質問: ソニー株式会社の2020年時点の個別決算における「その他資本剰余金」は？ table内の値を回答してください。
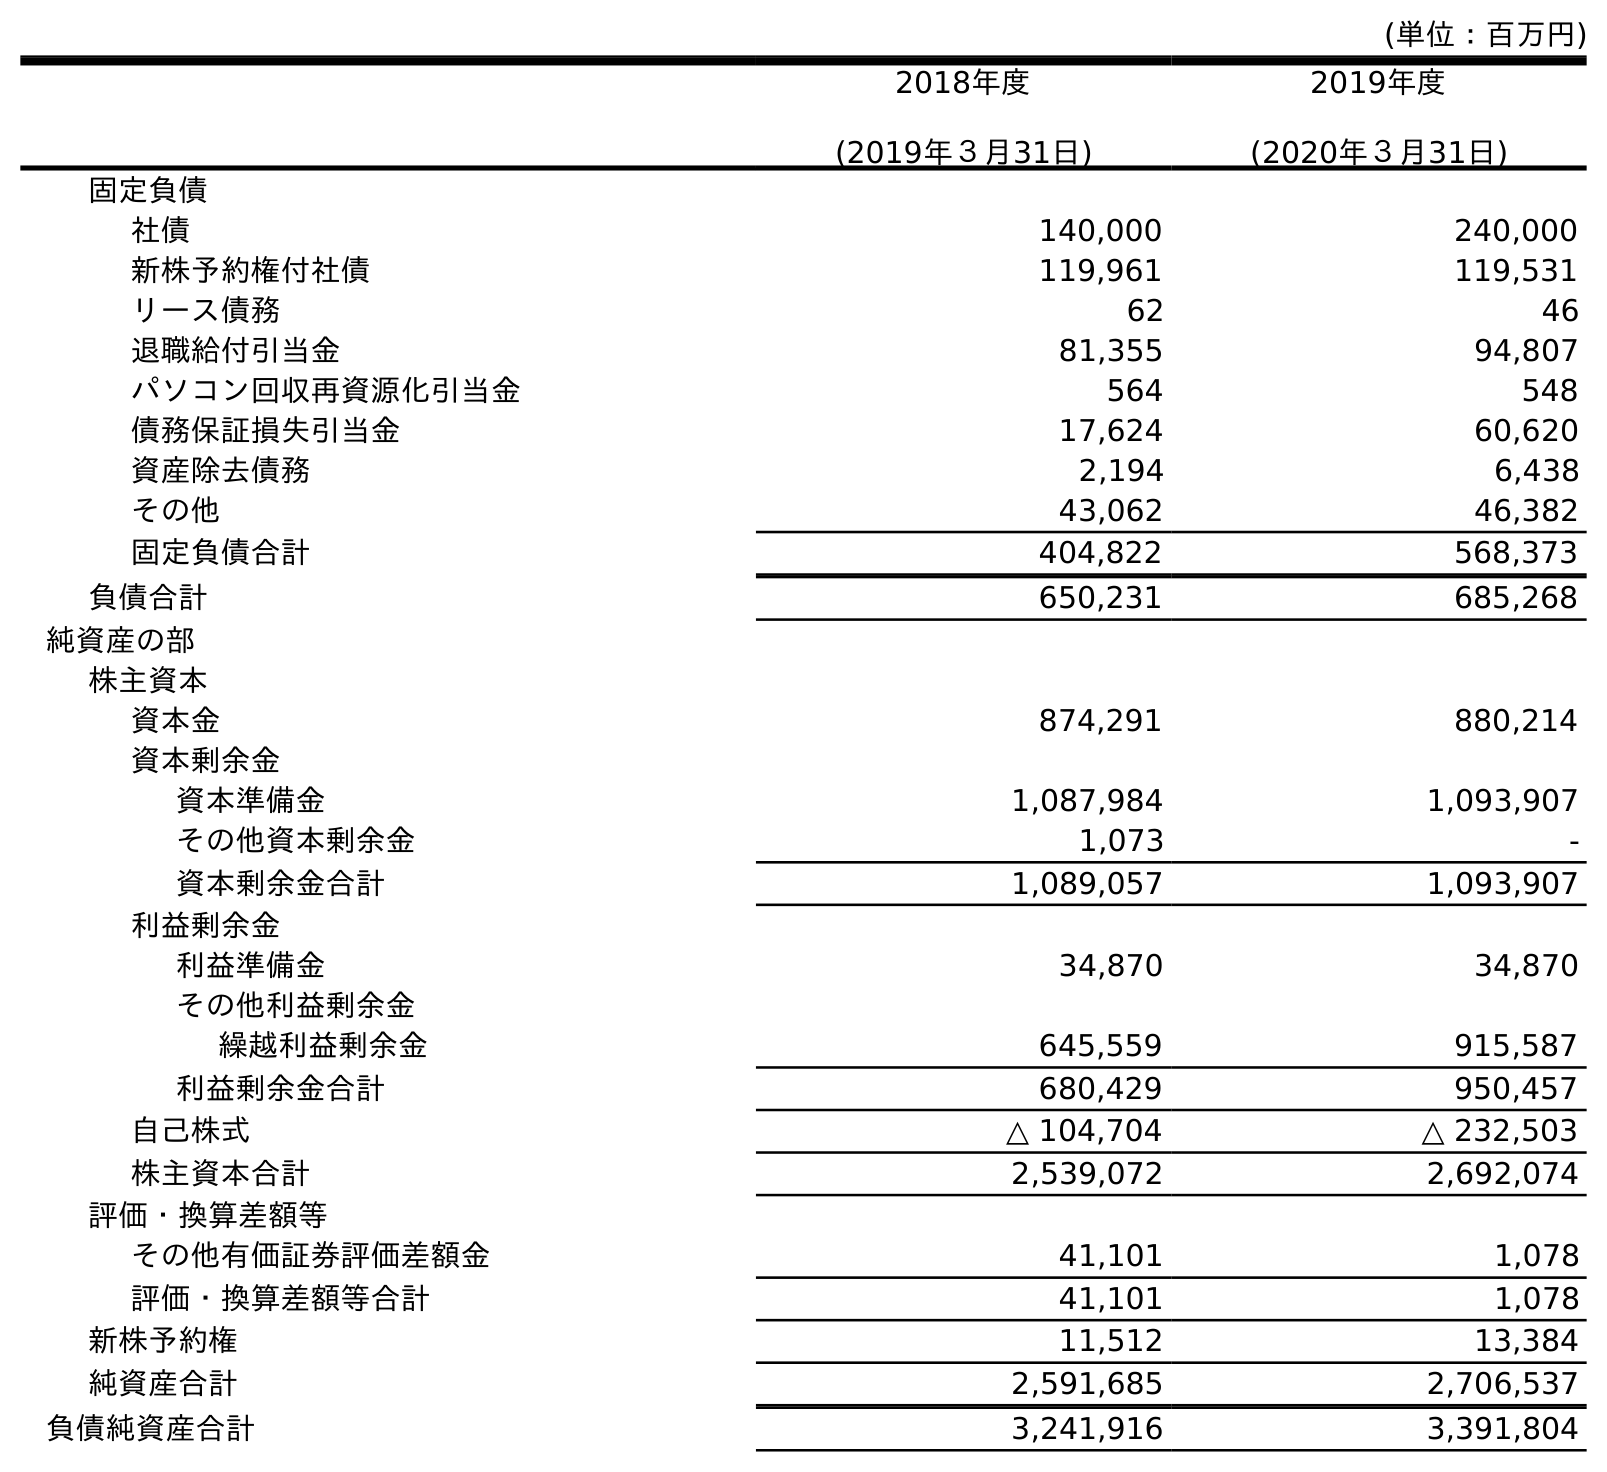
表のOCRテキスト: (単位：百万円) 2018年度 (2019年３月31日) 2019年度 (2020年３月31日) 固定負債 社債 140,000 240,000 新株予約権付社債 119,961 119,531 リース債務 62 46 退職給付引当金 81,355 94,807 パソコン回収再資源化引当金 564 548 債務保証損失引当金 17,624 60,620 資産除去債務 2,194 6,438 その他 43,062 46,382 固定負債合計 404,822 568,373 負債合計 650,231 685,268 純資産の部 株主資本 資本金 874,291 880,214 資本剰余金 資本準備金 1,087,984 1,093,907 その他資本剰余金 1,073 - 資本剰余金合計 1,089,057 1,093,907 利益剰余金 利益準備金 34,870 34,870 その他利益剰余金 繰越利益剰余金 645,559 915,587 利益剰余金合計 680,429 950,457 自己株式 △ 104,704 △ 232,503 株主資本合計 2,539,072 2,692,074 評価・換算差額等 その他有価証券評価差額金 41,101 1,078 評価・換算差額等合計 41,101 1,078 新株予約権 11,512 13,384 純資産合計 2,591,685 2,706,537 負債純資産合計 3,241,916 3,391,804
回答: -